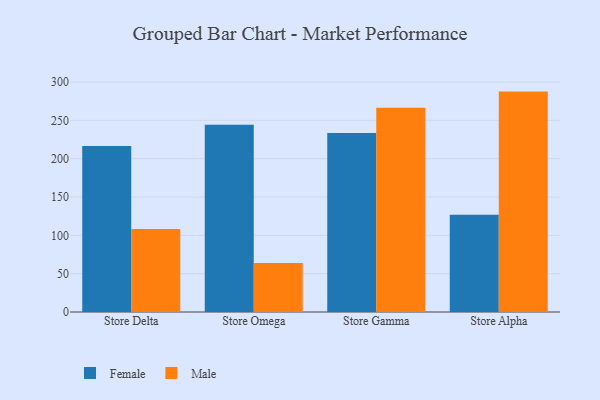
{"axis": {"x": "Store", "y": "Operating Costs (USD K)"}, "legend": ["Female", "Male"], "data": [{"x": "Store Delta", "y": 216.4, "type": "Female"}, {"x": "Store Delta", "y": 108.3, "type": "Male"}, {"x": "Store Omega", "y": 244.2, "type": "Female"}, {"x": "Store Omega", "y": 63.9, "type": "Male"}, {"x": "Store Gamma", "y": 233.4, "type": "Female"}, {"x": "Store Gamma", "y": 266.5, "type": "Male"}, {"x": "Store Alpha", "y": 127.0, "type": "Female"}, {"x": "Store Alpha", "y": 287.5, "type": "Male"}]}